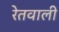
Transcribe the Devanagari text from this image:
रेतवाली